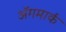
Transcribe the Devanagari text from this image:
अॅगमार्क